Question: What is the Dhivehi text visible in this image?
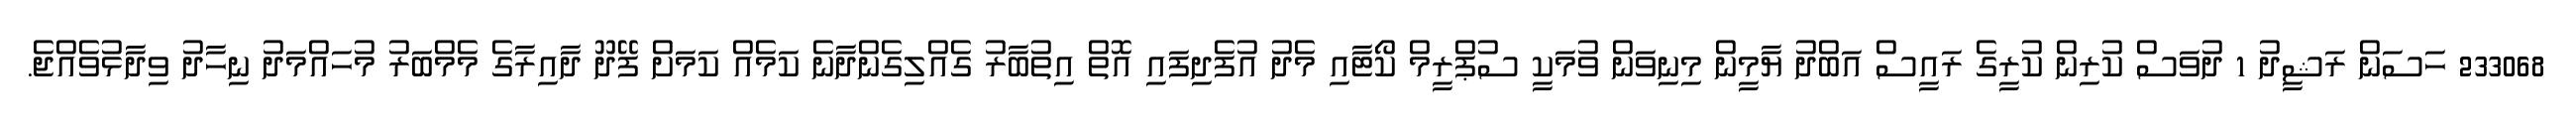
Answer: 233068 ހަސަން ރަޝީދު 1 ދުވަސް ކުރިން ކުރީގެ ރައީސް އަބްދު ޔާމީން މިނިވަން ވުމަކީ ސުޕްރީމް ކޯޓާއި މެދު އުފެދިފައި އޮތް އިތުބާރު ގެއްލިގެންދާނެ ކަމެއް ކަމަށް ފޭދޫ ދާއިރާގެ މެމްބަރު މުހައްމަދު ނިހާދު ވިދާޅުވެއްޖެ.